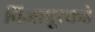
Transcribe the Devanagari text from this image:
विजापूरकडे